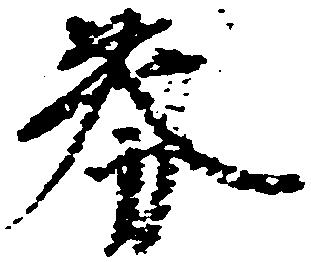
券